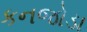
કનજોડા